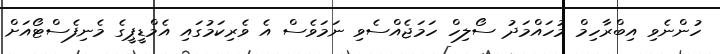
ހުންނެވި އިބްރާހިމް މުހައްމަދު ސޯލިހް ހަމަޖެއްސެވި ނަމަވެސް އެ ވެރިކަމުގައި އެމްޑީޕީގެ މެނިފެސްޓޯއަށް